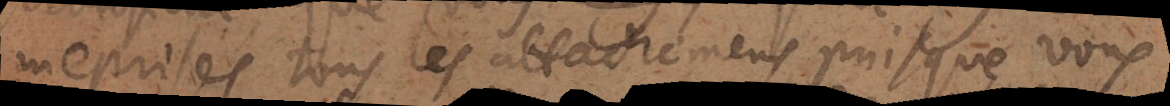
meprisés tous les attachemens, puisque vous